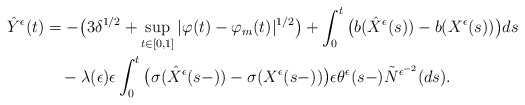
\begin{align*}\hat{Y}^{\epsilon}(t)&=-\big(3\delta^{1/2}+\sup_{t\in[0,1]}|\varphi(t)-\varphi_m(t)|^{1/2}\big)+\int^{t}_{0}\big(b(\hat{X}^{\epsilon}(s))-b(X^{\epsilon}(s))\big)ds\\&\quad-\lambda(\epsilon)\epsilon\int^{t}_{0}\big(\sigma(\hat{X}^{\epsilon}(s-))-\sigma(X^{\epsilon}(s-))\big)\epsilon\theta^{\epsilon}(s-)\tilde{N}^{\epsilon^{-2}}(ds).\end{align*}